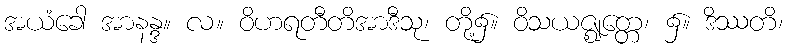
အယံခေါ အာနန္ဒ။ လ။ ဝိဟရတီတိအာဒီသု၊ တို့၌။ ဝိသယဇ္ဈတ္တေ၊ ၌။ ဒိဿတိ၊